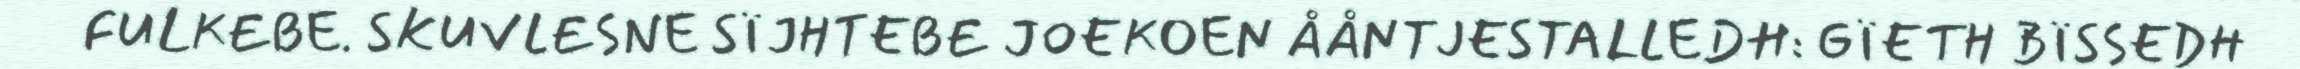
FULKEBE. SKUVLESNE SÏJHTEBE JOEKOEN ÅÅNTJESTALLEDH: GÏETH BÏSSEDH